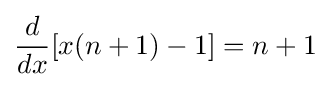
{\frac {d}{dx}}[x(n+1)-1]=n+1